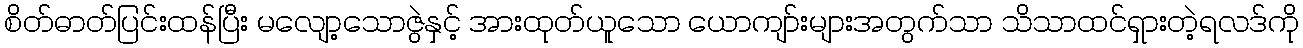
စိတ်ဓာတ်ပြင်းထန်ပြီး မလျော့သောဇွဲနှင့် အားထုတ်ယူသော ယောကျာ်းများအတွက်သာ သိသာထင်ရှားတဲ့ရလဒ်ကို